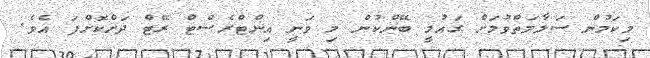
މިކަމުން ސަލާމަތްވުމަށް ގައުމީ ބޭންކުން މި ވަނީ އިންޓްރެސްޓް ރޭޓް ދަށްކޮށްފަ އެވެ.